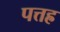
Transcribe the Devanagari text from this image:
पत्तह्र